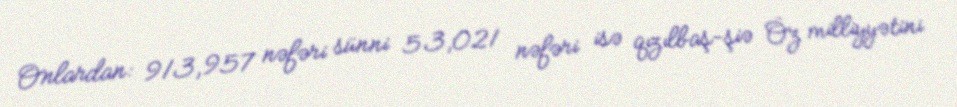
Onlardan: 913,957 nəfəri sünni 53,021 nəfəri isə qızılbaş-şiə Öz milliyyətini